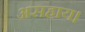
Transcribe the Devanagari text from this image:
असहाय।